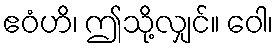
ဧဝံဟိ၊ ဤသို့လျှင်။ ဝေါ၊